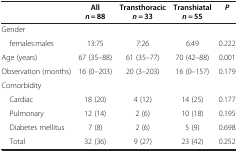
|  | All | Transthoracic | Transhiatal | P |
 | --- | --- | --- | --- | --- |
 |  | n =  88 | n =  33 | n =  55 |  |
 | Gender |  |  |  |  |
 | females:males | 13:75 | 7:26 | 6:49 | 0.222 |
 | Age (years) | 67 (35–88) | 61 (35–77) | 70 (42–88) | 0.001 |
 | Observation (months) | 16 (0–203) | 20 (3–203) | 16 (0–157) | 0.179 |
 | Comorbidity |  |  |  |  |
 | Cardiac | 18 (20) | 4 (12) | 14 (25) | 0.177 |
 | Pulmonary | 12 (14) | 2 (6) | 10 (18) | 0.195 |
 | Diabetes mellitus | 7 (8) | 2 (6) | 5 (9) | 0.698 |
 | Total | 32 (36) | 9 (27) | 23 (42) | 0.252 |